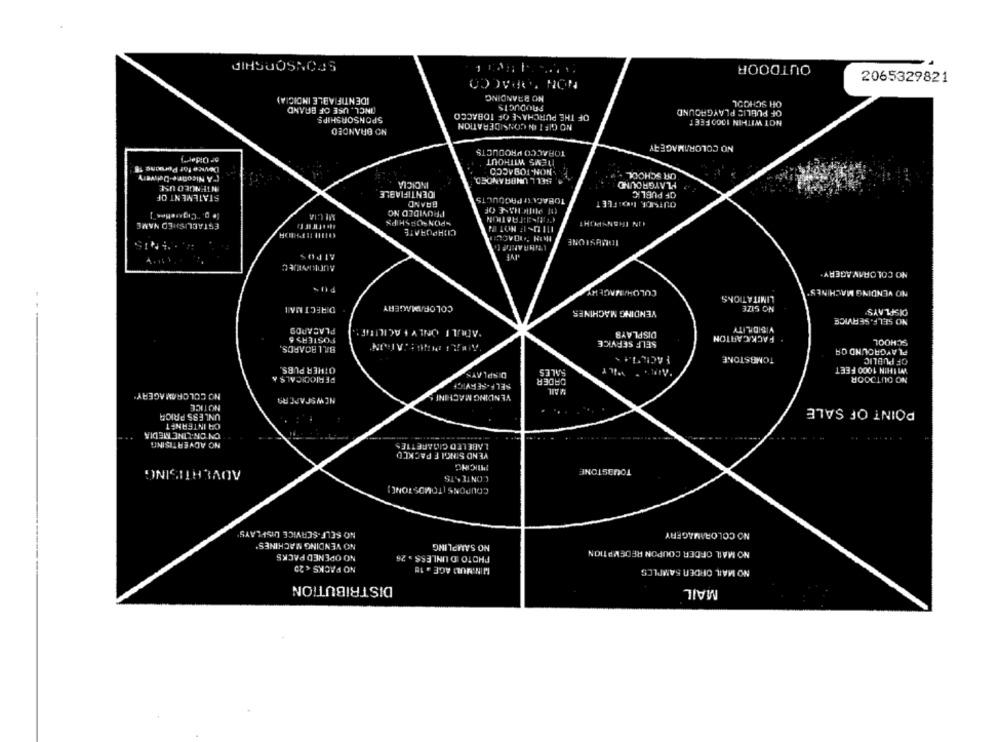
SPONSORSHIP
OUTDOOR
NON TOBACCO
2065329821
IDENTIFIABLE INDIGIA)
NO BRANDING
OH SCHOOL
OINCL. USE OF BRAND
PRODUCTS
OF PUBLIC PLAYGROUND
SPONSORSHIPS
OF THE PURCHASE OF TOBACCO
NO GIFT IN CONSIDERATION
NOT WITHIN 1000 FEET
NO BRANDED
TOBACCO PRODUCTS
NO COLORIIMAGERY
NEMS WITHOUT
Device for Pervane TF
"NON-TOBACCO
["A Niconre-Dewery
SELL UNBRANDED
OR SCHOOL
INTENULO USE
INDICIA
PLAYGROUND
IDENTIFIABLE
OF PUBLIC
STATEMENT OF
TOBACA'SI PRODUCTS
OUTSIDE MOI FEET
BRAND
PROVIDED NO
ESTABLISHED NAME
SPONSORSHIPS
POU SBrATION
OIN TRANSPUHT
CORPORATE
ITUSIF NOT IN
IDMUSIONE
ATPOS
IVE
AuREC
NO COLORAV AGERY.
PUS
CULOHAIMAGERY
NO VENDING MACHINES'
LIMITATIONS
DIRECT MAI
COLOF/WAGERY
VENDING MACHINES
NO SIZE
DISPLAYS
NO SELF- SERVICE
PLACARDS
"ADULT ONLY FACILIDIE!
DISPLAYS
VISIBILITY
POSTERS 5
SELF SERVICE
FACK/CARTON
SCHOOL
BILLBOARDS.
PLAYGROUND OR
TOMBSTONE
OF PUBLIC
OTHER PUBS.
SALES
WITHIN 1000 FEET
PERIODICALS &
DISPLAYS
ORDER
NO OUTDOOR
SELF-SERVICE
VAIL
NO COLOROMAGERY.
NEWSPAPERS
VENDING MACHINE
NOTICE
POINT OF SALE
UNLESS PRIOR
CA INTERNET
ON ON-LINE MEDIA
NO ADVERTISING
LABELED CIGARETTES
VEND SINGIF PACKCO
PRICING
TOMBSTONE
ADVERTISING
CONTENTS
COUPONS | TOMOSTONE)
NO SELF-SERVICE DISPLAYS
NO COLORAMAGERY
NO VENDING MACHINES
NO SAMPLING
NO OPENED PACKS
PHOTO D UNLESS > 26
NO MAIL ORDER COUPON REDEMPTION
NO PACKS < 25
MIN NUL AGE . 18
NO MAIL ORDER SAMPLES
DISTRIBUTION
MAIL